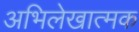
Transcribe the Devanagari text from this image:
अभिलेखात्मक